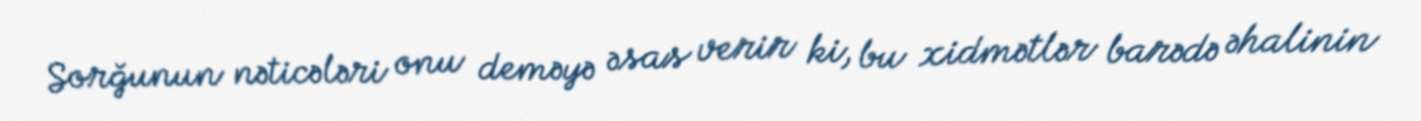
Sorğunun nəticələri onu deməyə əsas verir ki, bu xidmətlər barədə əhalinin